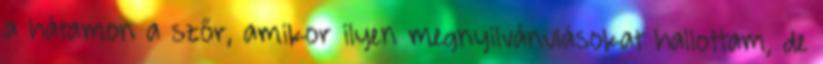
a hátamon a szőr, amikor ilyen megnyilvánulásokat hallottam, de